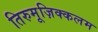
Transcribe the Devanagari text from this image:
तिरुमूज़िक्कलम